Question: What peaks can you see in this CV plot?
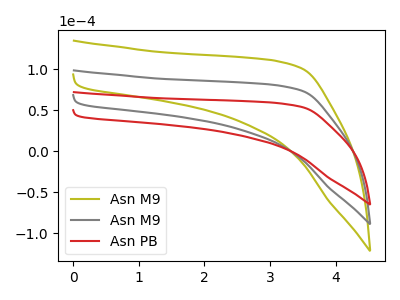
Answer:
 <answer>The olive curve "Asn M9" has no peaks. The gray curve "Asn M9" has no peaks. The red curve "Asn PB" has no peaks.</answer>
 <eval></eval>